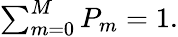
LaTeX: \begin{array}{r}{\sum_{m=0}^{M}P_{m}=1.}\end{array}